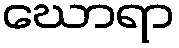
ဃောရာ